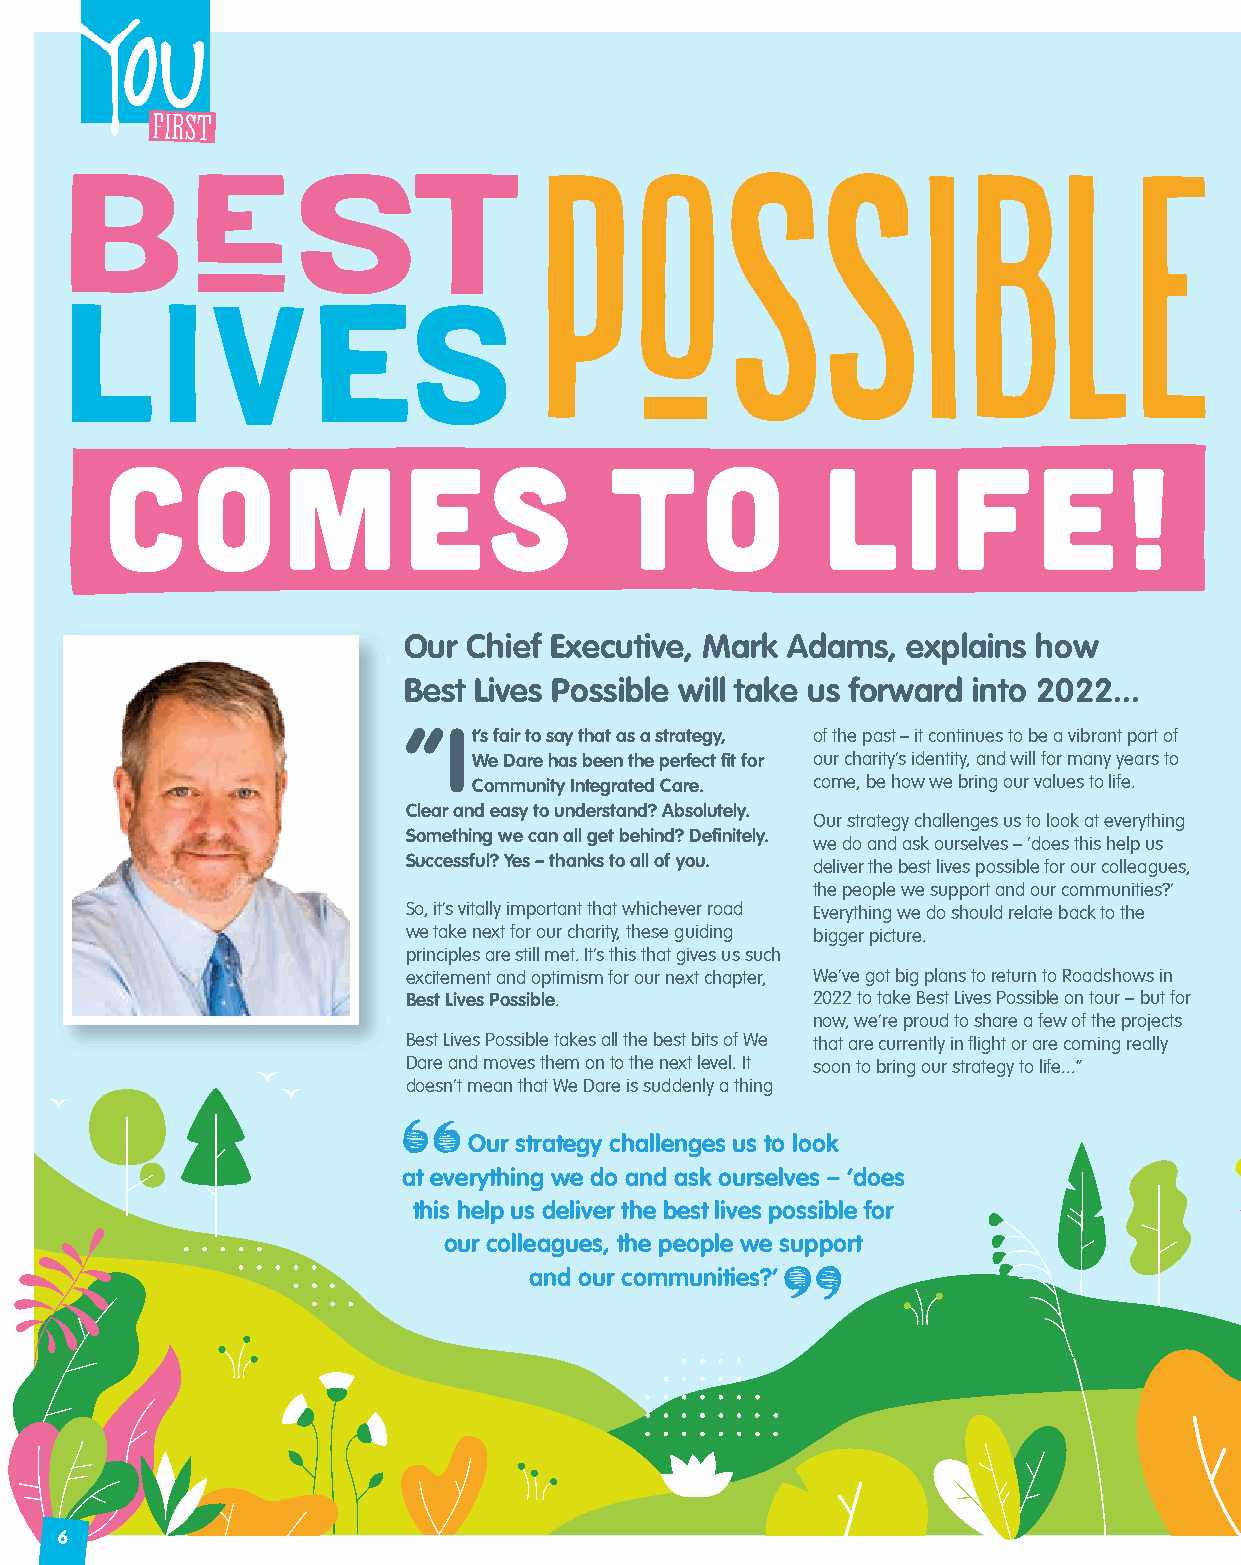
C     O     M       ES           TO            L     I  F     E    !
 Our Chief Executive, Mark Adams, explains how
 Best Lives Possible will take us forward into 2022...
 “It’s fair to say that as a strategy, of the past – it continues to be a vibrant part of
 We Dare has been the perfect fit for our charity’s identity, and will for many years to
 Community Integrated Care. come, be how we bring our values to life.
 Clear and easy to understand? Absolutely.
 Our strategy challenges us to look at everything
 Something we can all get behind? Definitely.
 we do and ask ourselves – ‘does this help us
 Successful? Yes – thanks to all of you. deliver the best lives possible for our colleagues,
 the people we support and our communities?’
 So, it’s vitally important that whichever road Everything we do should relate back to the
 we take next for our charity, these guiding bigger picture.
 principles are still met. It’s this that gives us such
 excitement and optimism for our next chapter, We’ve got big plans to return to Roadshows in
 Best Lives Possible.       2022 to take Best Lives Possible on tour – but for
 now, we’re proud to share a few of the projects
 Best Lives Possible takes all the best bits of We that are currently in flight or are coming really
 Dare and moves them on to the next level. It soon to bring our strategy to life...”
 doesn’t mean that We Dare is suddenly a thing
 Our strategy challenges us to look
 at everything we do and ask ourselves – ‘does
 this help us deliver the best lives possible for
 our colleagues, the people we support
 and our communities?’
 6